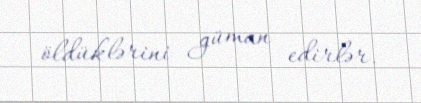
öldüklərini güman edirlər.